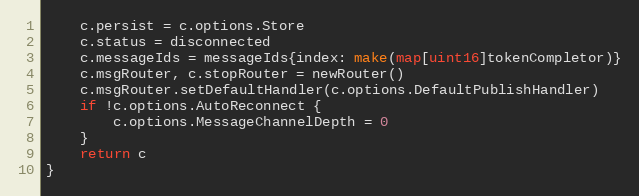
Language: Go
	c.persist = c.options.Store
	c.status = disconnected
	c.messageIds = messageIds{index: make(map[uint16]tokenCompletor)}
	c.msgRouter, c.stopRouter = newRouter()
	c.msgRouter.setDefaultHandler(c.options.DefaultPublishHandler)
	if !c.options.AutoReconnect {
		c.options.MessageChannelDepth = 0
	}
	return c
}